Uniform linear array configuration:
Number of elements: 64
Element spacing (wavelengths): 0.25
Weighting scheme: hann
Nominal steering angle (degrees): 15
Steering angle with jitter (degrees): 16.794
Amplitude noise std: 0.05
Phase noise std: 0.05

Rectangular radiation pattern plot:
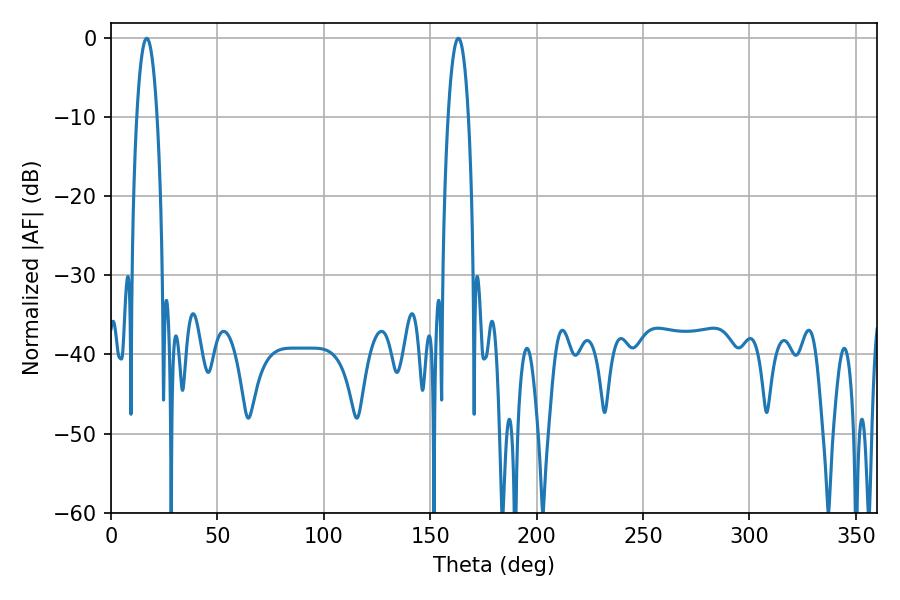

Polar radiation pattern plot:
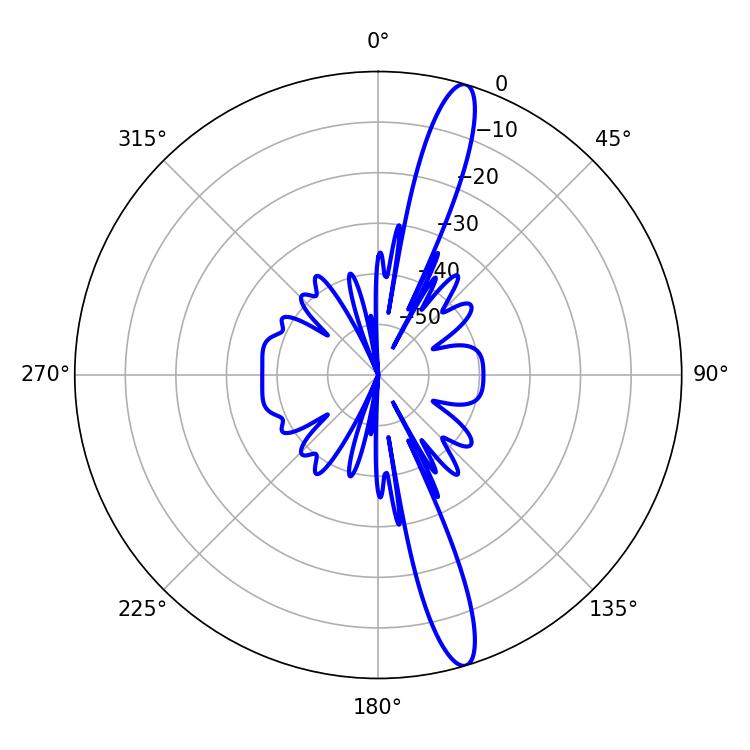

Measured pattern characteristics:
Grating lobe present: FALSE
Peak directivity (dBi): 15.409
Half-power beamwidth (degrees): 5.22
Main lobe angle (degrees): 163.26